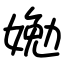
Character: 㛯